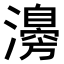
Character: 𤁻